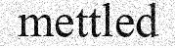
mettled